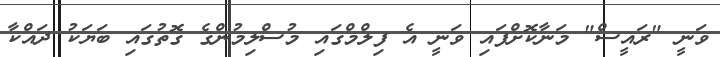
ވަނީ "ރައީސް" މަނާކޮށްފައި ވަނީ އެ ފިލްމްގައި މުސްލިމުންގެ ގޮތުގައި ބަޔަކު ދައްކާ